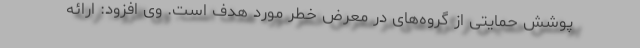
پوشش حمایتی از گروه‌های در معرض خطر مورد هدف است. وی افزود: ارائه